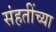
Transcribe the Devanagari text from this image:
संहतींच्या